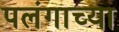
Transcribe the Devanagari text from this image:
पलंगाच्या